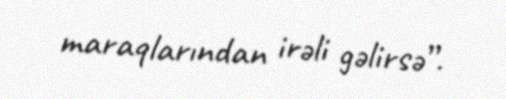
maraqlarından irəli gəlirsə”.